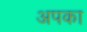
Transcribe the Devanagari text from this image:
अपका